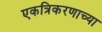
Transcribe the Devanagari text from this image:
एकत्रिकरणाच्या